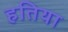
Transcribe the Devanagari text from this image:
हतिया